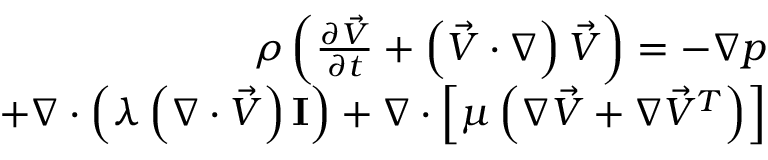
\begin{array} { r l r } & { } & { \rho \left( \frac { \partial \vec { V } } { \partial t } + \left( \vec { V } \cdot \nabla \right) \vec { V } \right) = - \nabla p } \\ & { } & { + \nabla \cdot \left( \lambda \left( \nabla \cdot \vec { V } \right) \bf { I } \right) + \nabla \cdot \left[ \mu \left( \nabla \vec { V } + \nabla \vec { V } ^ { T } \right) \right] } \end{array}